Vaccination in Bombay 1913-1923 - 1913-1923
Year: 1913
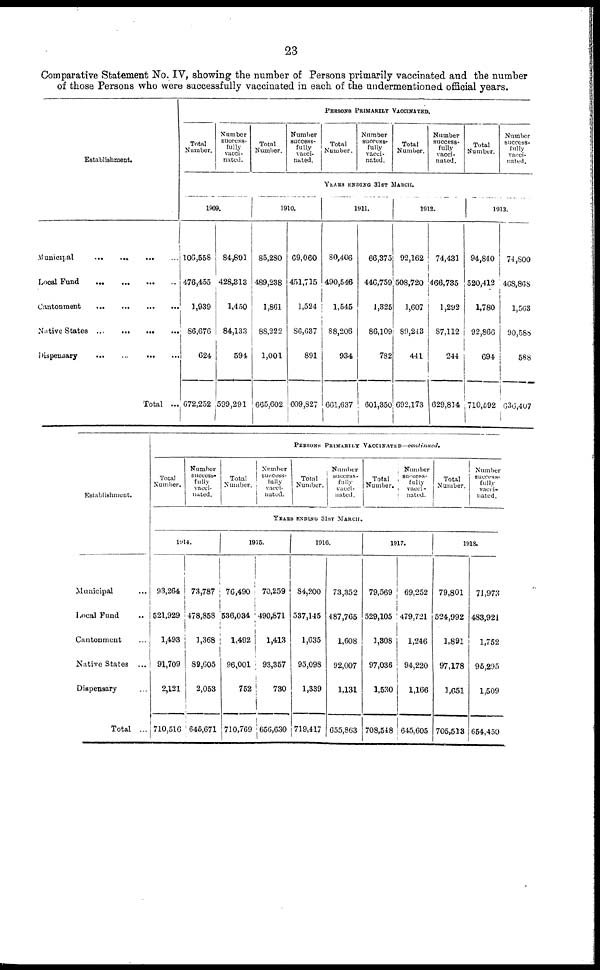
23
Comparative Statement No. IV, showing the number of Persons primarily vaccinated and the number
of those Persons who were successfully vaccinated in each of the undermentioned official years.
Establishment.
Municipal
...
...
...
...
Local Fund
...
...
...
...
Cantonment
...
...
...
...
Native States
...
...
...
...
Dispensary
...
...
...
...
Total ...
PERSONS PRIMARILY VACCINATED.
Total
Number.
Number
success-
fully
vacci¬
nated.
Total
Number.
Number
success-
fully
vacci-
nated.
Total
Number.
Number
succecc¬
fully
vacci-
nated.
Total
Number.
Number
success-
fully
vacci-
nated.
Total
Number.
Number
success-
fully
vacci-
nated.
YEARS ENDING 31ST MARCH.
1909.
106,558
476,455
1,939
86,676
624
672,252
84,801
428,313
1,450
84,133
594
599,291
1910.
85,280
489,238
1,861
88,222
1,001
665,602
69,060
451,715
1,524
86,637
891
609,827
1911.
80,406
490,546
1,545
88,206
934
661,637
66,375
446,759
1,325
86,109
782
601,350
1912.
92,162
508,720
1,607
89,213
441
692,173
74,431
466,735
1,292
87,112
244
629,814
1913.
94,840
520,412
1,780
92,866
694
710,592
74,800
468,868
1,563
90,588
588
636,407
Establishment.
Municipal ...
Local Fund ...
Cantonment ...
Native States ...
Dispensary ...
Total ...
PERSONS PRIMARILY VACCINATED—continued.
Total
Number.
Number
success¬
fully
vacci¬
nated.
Total
Number.
Number
success-
fully
vacci-
nated.
Total
Number.
Number
success¬
fully
vacci¬
nated.
Total
Number.
Number
success¬
fully
vacci-
nated.
Total
Number.
Number
success¬
fully
vacci-
nated.
YEARS ENDING 31ST MARCH.
1914.
93,264
521,929
1,493
91,709
2,121
710,516
73,787
478,858
1,368
89,605
2,053
645,671
1915.
76,490
536,034
1,492
96,001
752
710,769
70,259
490,871
1,413
93,357
730
656,630
1916.
84,200
537,145
1,635
95,098
1,339
719,417
73,352
487,765
1,608
92,007
1,131
655,863
1917.
79,569
529,105
1,308
97,036
1,530
708,548
69,252
479,721
1,246
94,220
1,166
645,605
1918.
79,801
524,992
1,891
97,178
1,051
705,513
71,973
483,921
1,752
95,295
1,509
654,450